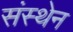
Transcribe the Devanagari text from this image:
संस्थेन